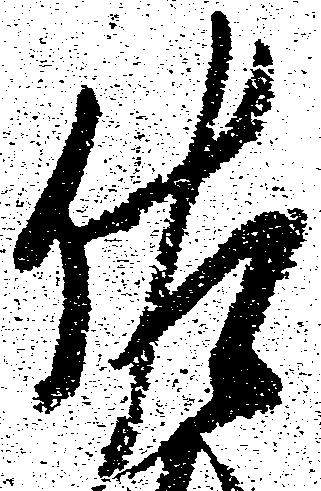
佐